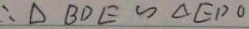
\therefore \Delta B D E \sim \Delta E D O